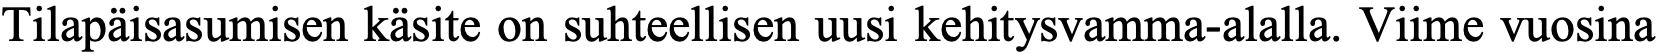
Tilapäisasumisen käsite on suhteellisen uusi kehitysvamma-alalla. Viime vuosina